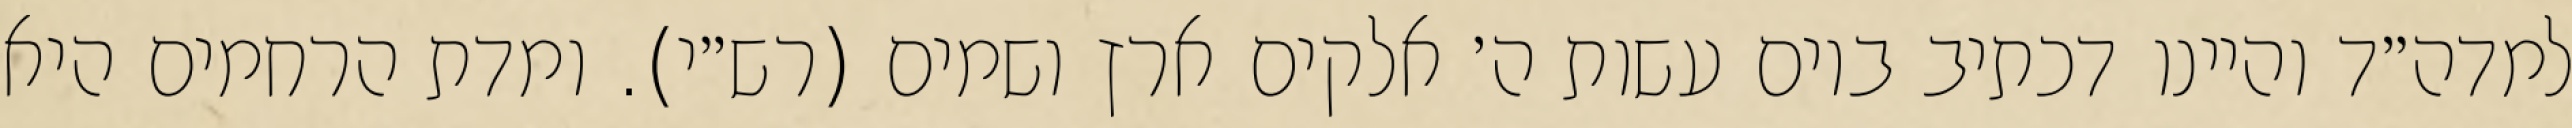
למדה״ד והיינו דכתיב ביום עשות ה׳ אלקים ארץ ושמים (רש״י). ומדת הרחמים היא